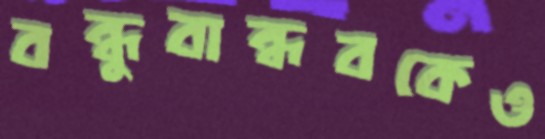
বন্ধুবান্ধবকেও